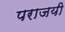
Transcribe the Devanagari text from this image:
पराजयी